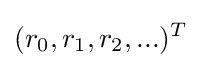
(r_{0},r_{1},r_{2},...)^{T}